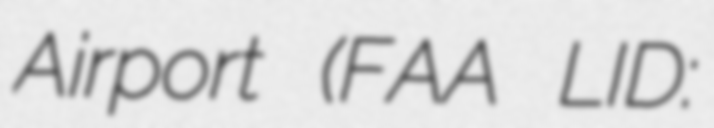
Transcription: Airport (FAA LID: